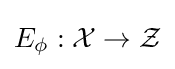
E_{\phi }:{\mathcal {X}}\rightarrow {\mathcal {Z}}